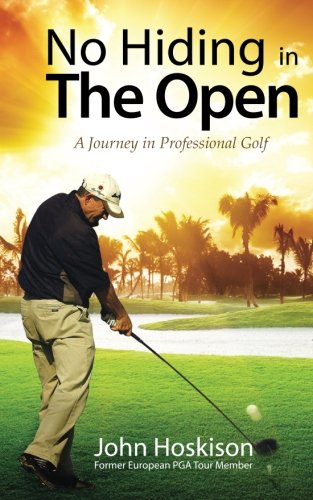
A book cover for No Hiding in The Open: A Journey in Professional Golf; Mr John Hoskison; Biographies & Memoirs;